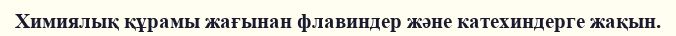
Химиялық құрамы жағынан флавиндер және катехиндерге жақын.